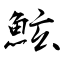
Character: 鮌